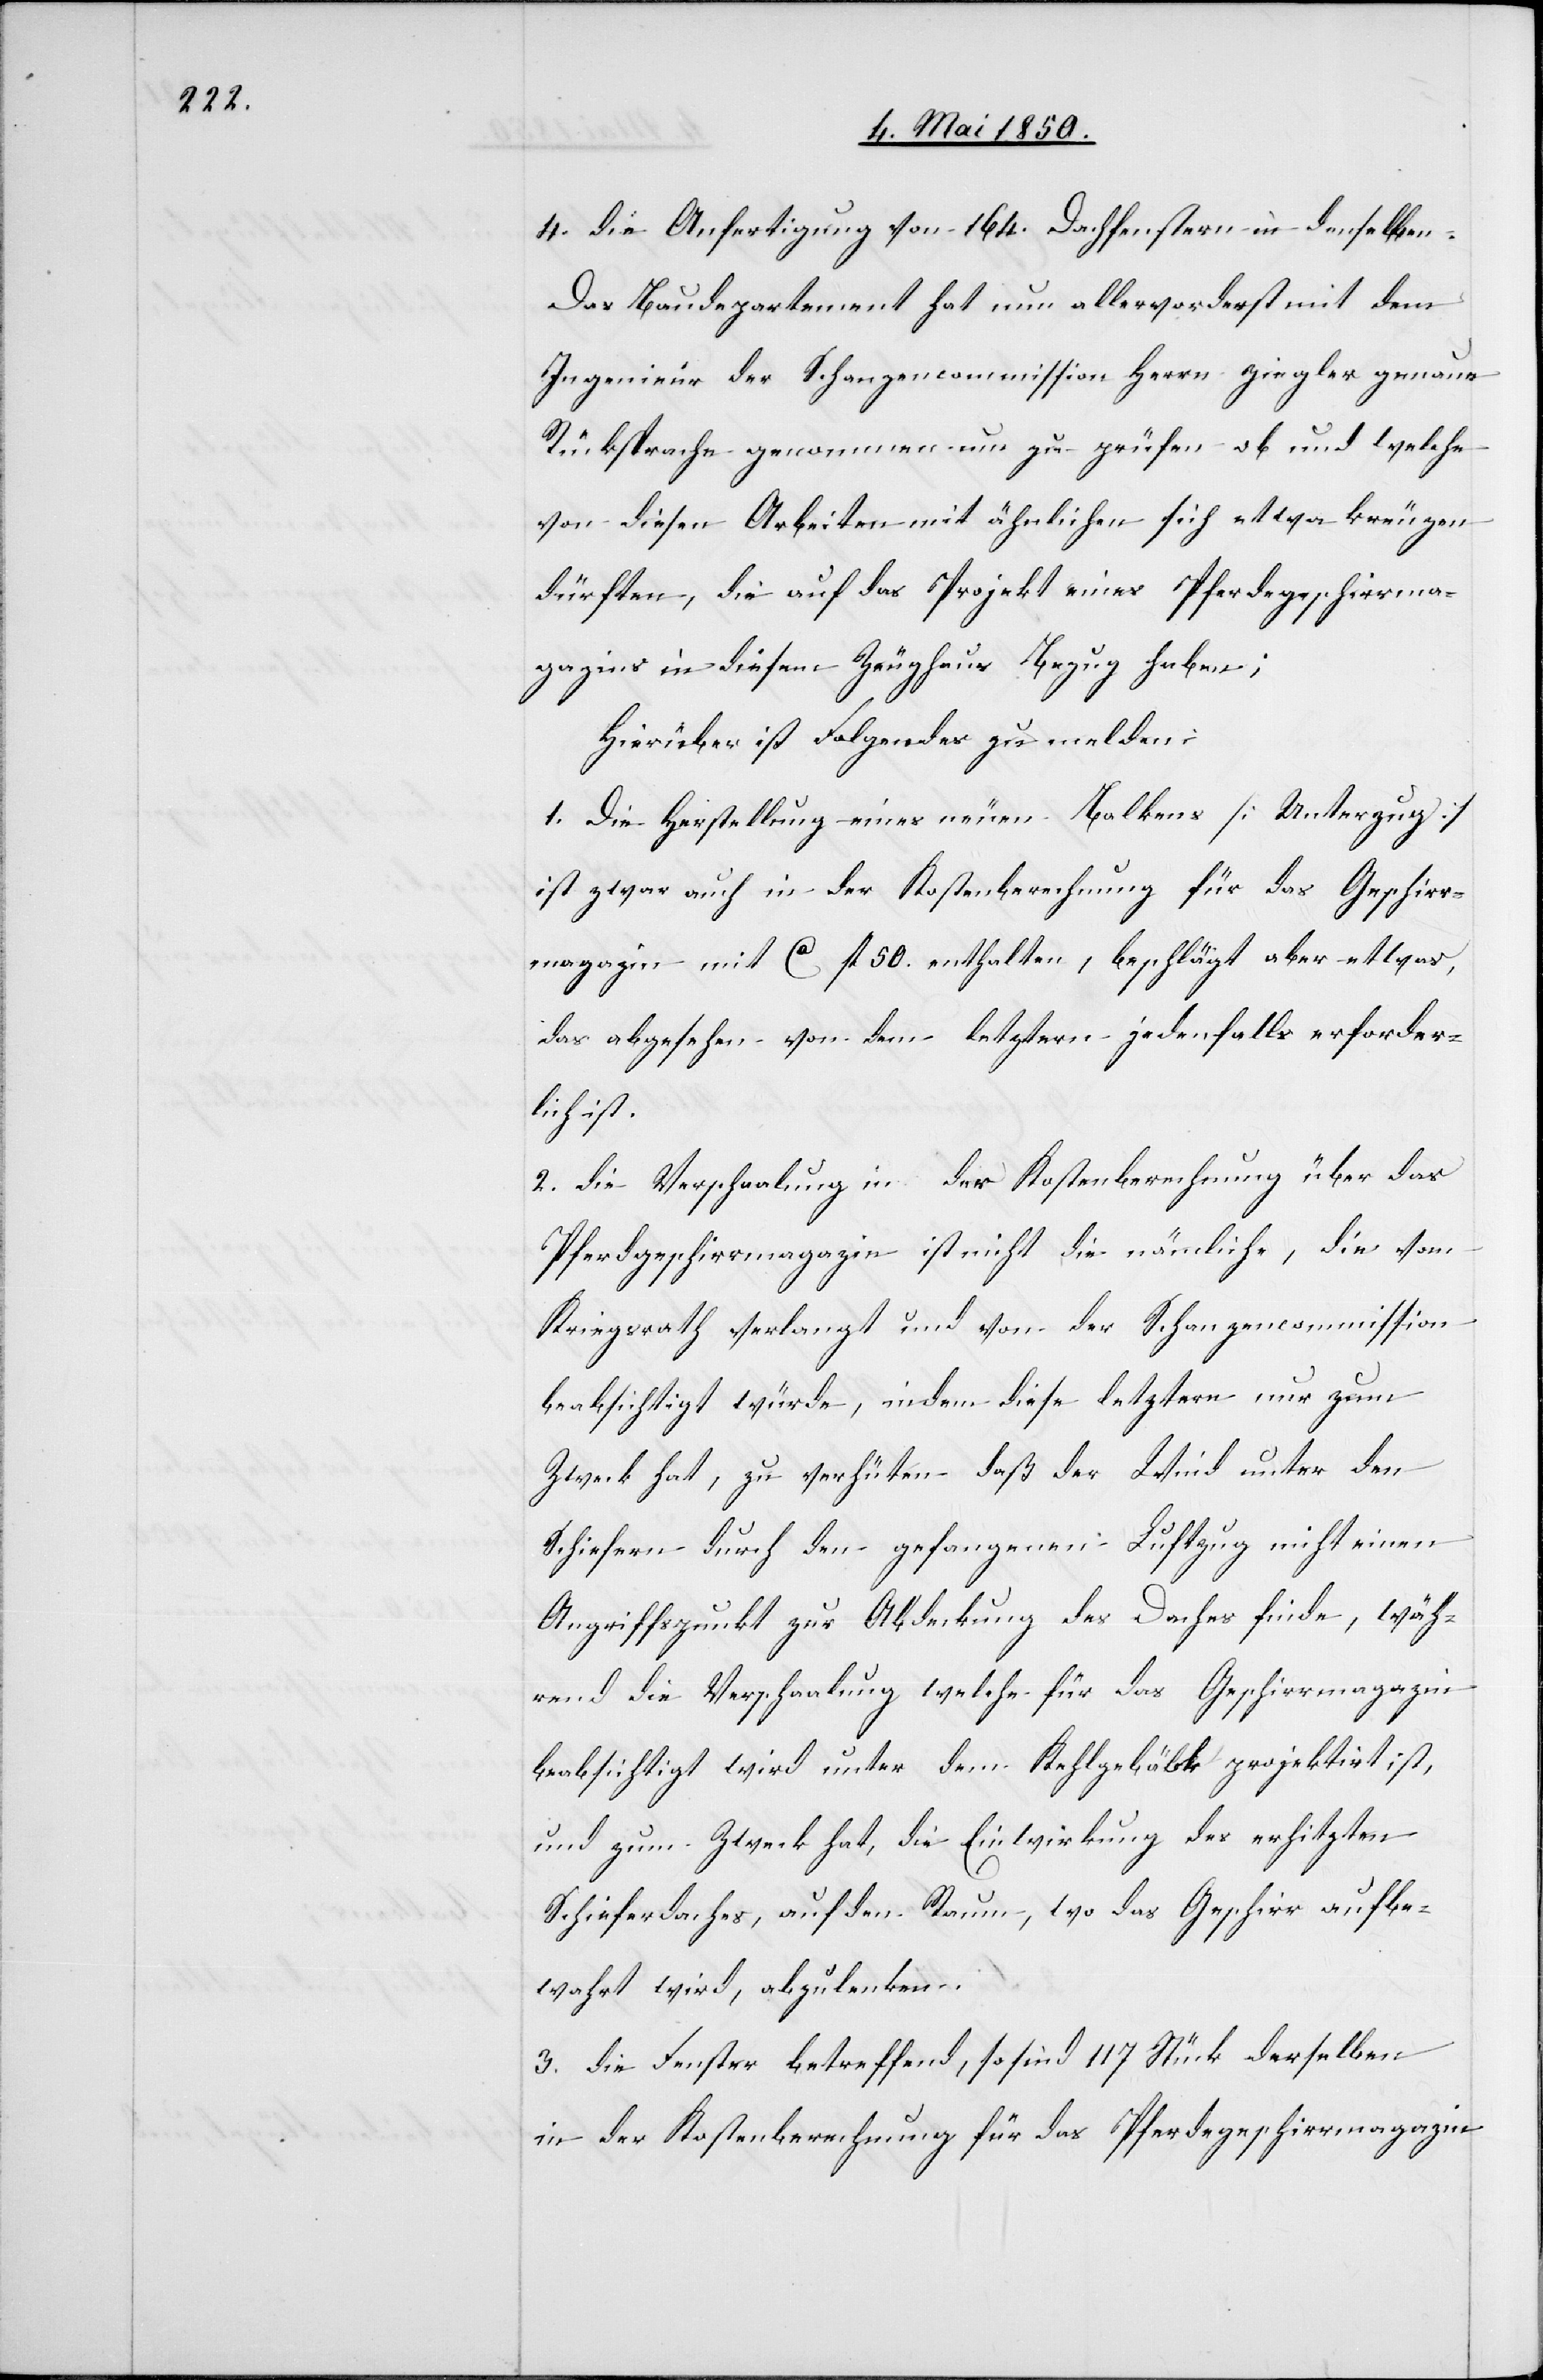
4. die Anfertigung von 164. Dachfenstern in denselben.
Das Baudepartement hat nun allervorderst mit dem
Ingenieur der Schanzencommission Herrn Ziegler genaue
Rücksprache genommen um zu prüfen ob und welche
von diesen Arbeiten mit ähnlichen sich etwa kreuzen
dürften, die auf das Projekt eines Pferdegeschirrma¬
gazins in diesem Zeughaus Bezug haben;
Hierüber ist Folgendes zu melden:
1. Die Herstellung eines neuen Balkens [Unterzug]
ist zwar auch in der Kostenberechnung für das Geschirr¬
magazin mit Ca fl 50. enthalten, beschlägt aber etwas,
das abgesehen von dem letztern jedenfalls erforder¬
lich ist.
2. Die Verschaalung in der Kostenberechnung über das
Pferdgeschirrmagazin ist nicht die nämliche, die vom
Kriegsrath verlangt und von der Schanzencommission
beabsichtigt würde, indem diese letztere nur zum
Zweck hat, zu verhüten daß der Wind unter den
Schiefern durch den gefangenen Luftzug nicht einen
Angriffspunkt zur Abdeckung des Daches finde, wäh¬
rend die Verschaalung welche für das Geschirrmagazin
beabsichtigt wird unter dem Kehlgebälk projektirt ist,
und zum Zweck hat, die Einwirkung des erhitzten
Schieferdaches, auf den Raum, wo das Geschirr aufbe¬
wahrt wird, abzulenken.
3. Die Fenster betreffend, so sind 117 Stück derselben
in der Kostenberechnung für das Pferdegeschirrmagazin